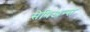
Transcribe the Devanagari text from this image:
सेपिअन्स